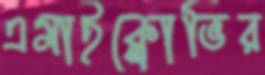
এমাইক্লোভির